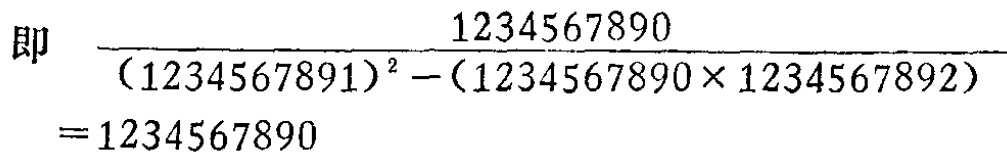
即 \(\frac{1234567890}{(1234567891)^{2}-(1234567890\times1234567892)} = 1234567890\)